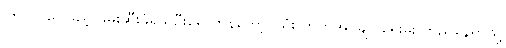
ကြိုတင်ငွေဖြည့် ဖမ်းဆီးခံရသူဦးရေ ကန်တော့ပွဲသုံး ကွက်အုပ်ချုပ်ရေးမှူး တည်နေရာသို့